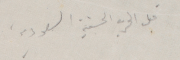
قبل الحرب الحسَية السَعودية